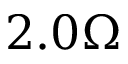
2 . 0 \Omega